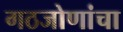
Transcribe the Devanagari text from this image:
गठजोणांचा